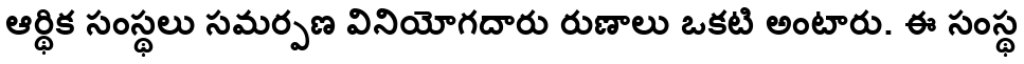
ఆర్థిక సంస్థలు సమర్పణ వినియోగదారు రుణాలు ఒకటి అంటారు. ఈ సంస్థ